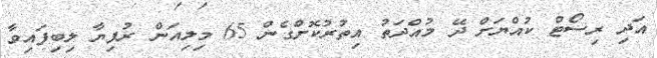
އަދި ރިސޯޓް ކުއްޔަށް ދޭ މުއްދަތު އިތުރުކޮށްގެން 65 މިލިއަން ރުފިޔާ ލިބިފައިވާ